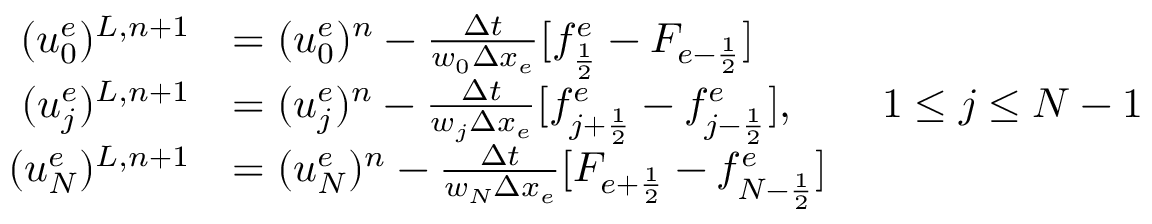
\begin{array} { r l } { ( u _ { 0 } ^ { e } ) ^ { L , n + 1 } } & { = ( u _ { 0 } ^ { e } ) ^ { n } - \frac { \Delta t } { w _ { 0 } \Delta x _ { e } } [ f _ { \frac { 1 } { 2 } } ^ { e } - F _ { e - \frac { 1 } { 2 } } ] } \\ { ( u _ { j } ^ { e } ) ^ { L , n + 1 } } & { = ( u _ { j } ^ { e } ) ^ { n } - \frac { \Delta t } { w _ { j } \Delta x _ { e } } [ f _ { j + \frac 1 2 } ^ { e } - f _ { j - \frac 1 2 } ^ { e } ] , \qquad 1 \le j \le N - 1 } \\ { ( u _ { N } ^ { e } ) ^ { L , n + 1 } } & { = ( u _ { N } ^ { e } ) ^ { n } - \frac { \Delta t } { w _ { N } \Delta x _ { e } } [ F _ { e + \frac { 1 } { 2 } } - f _ { N - \frac { 1 } { 2 } } ^ { e } ] } \end{array}